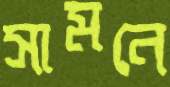
সামনে